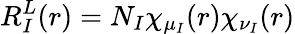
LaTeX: R_{I}^{L}(r)=N_{I}\chi_{\mu_{I}}(r)\chi_{\nu_{I}}(r)